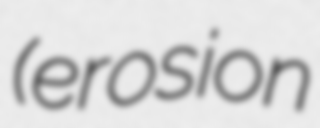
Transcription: (erosion